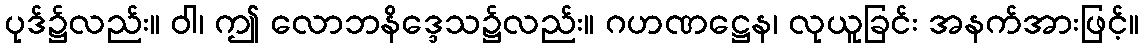
ပုဒ်၌လည်း။ ဝါ၊ ဤ လောဘနိဒ္ဒေသ၌လည်း။ ဂဟဏဋ္ဌေန၊ လုယူခြင်း အနက်အားဖြင့်။